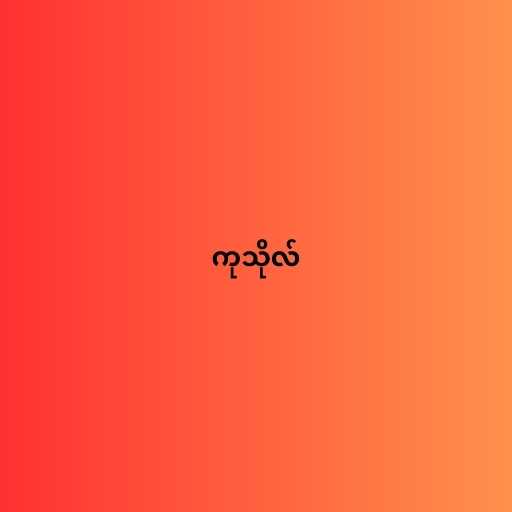
ကုသိုလ်